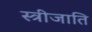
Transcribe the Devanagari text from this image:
स्त्रीजाति